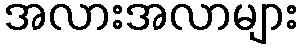
အလားအလာများ